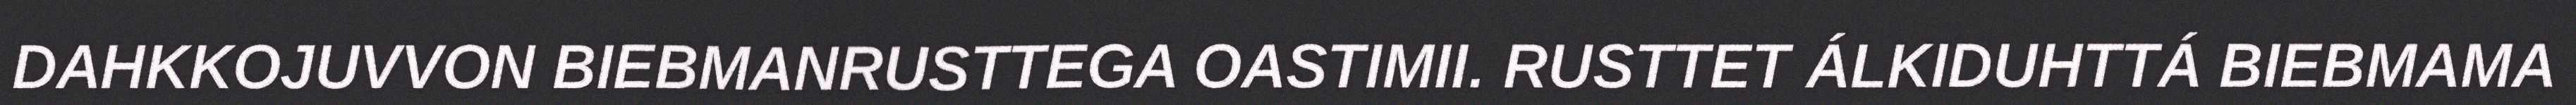
DAHKKOJUVVON BIEBMANRUSTTEGA OASTIMII. RUSTTET ÁLKIDUHTTÁ BIEBMAMA